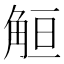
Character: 䚙